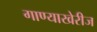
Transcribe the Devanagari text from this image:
गाण्याखेरीज